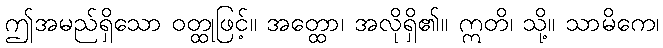
ဤအမည်ရှိသော ဝတ္ထုဖြင့်။ အတ္ထော၊ အလိုရှိ၏။ ဣတိ၊ သို့။ သာမိကေ၊